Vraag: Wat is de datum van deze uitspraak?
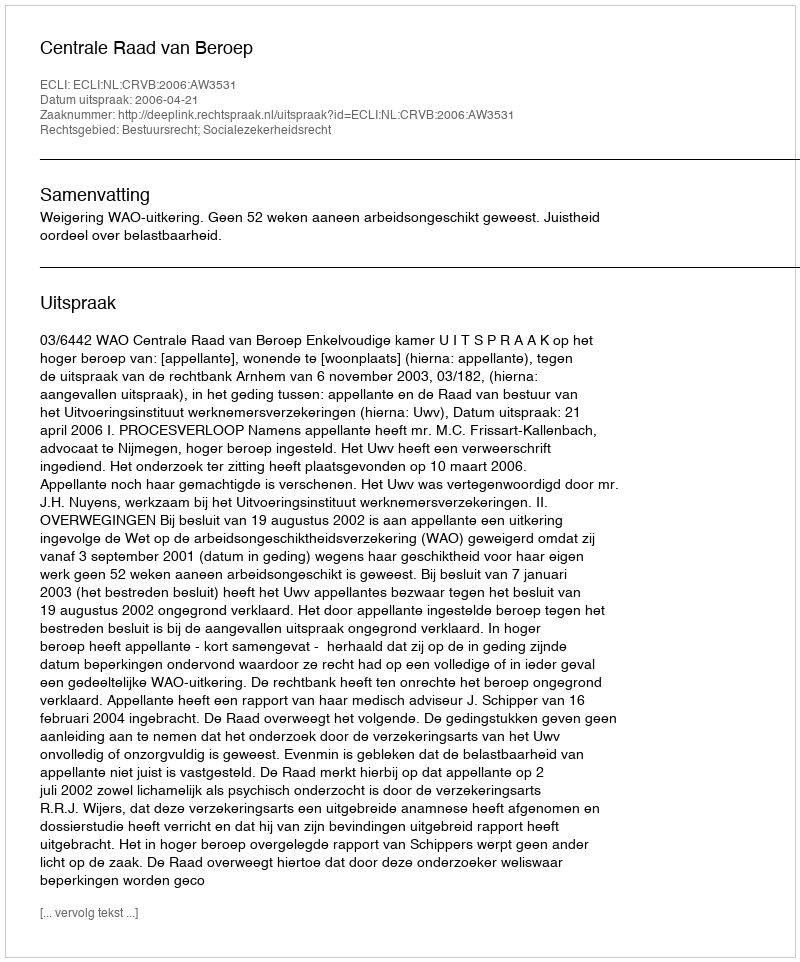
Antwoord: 2006-04-21